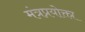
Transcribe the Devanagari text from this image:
मंत्रप्रयोक्ता